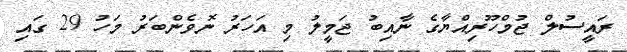
ރައީސުލް ޖުމްހޫރިއްޔާގެ ނާއިބު ޖަމީލު މި އަހަރު ނޮވެންބަރު މަހު 29 ގައި